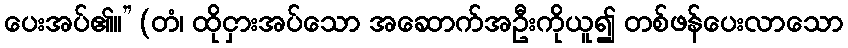
ပေးအပ်၏။” (တံ၊ ထိုငှားအပ်သော အဆောက်အဦးကိုယူ၍ တစ်ဖန်ပေးလာသော